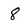
Character: 8